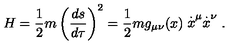
H = \frac { 1 } { 2 } m \left( \frac { d s } { d \tau } \right) ^ { 2 } = \frac { 1 } { 2 } m g _ { \mu \nu } ( x ) \stackrel { . } { x } ^ { \mu } \stackrel { . } { x } ^ { \nu } .